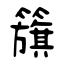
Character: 籏